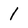
Character: 1